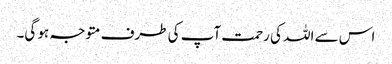
اس سے اللہ کی رحمت آپ کی طرف متوجہ ہو گی۔